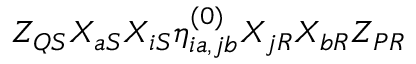
Z _ { Q S } X _ { a S } X _ { i S } \eta _ { i a , j b } ^ { ( 0 ) } X _ { j R } X _ { b R } Z _ { P R }